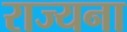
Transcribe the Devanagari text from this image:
राज्यना